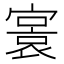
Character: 𡪭